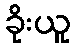
ခိုးယူ